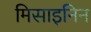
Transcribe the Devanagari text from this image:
मिसाइनिन